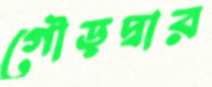
গৌড়দ্বার